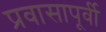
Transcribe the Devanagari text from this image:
प्रवासापूर्वी